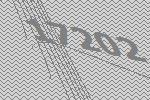
17202